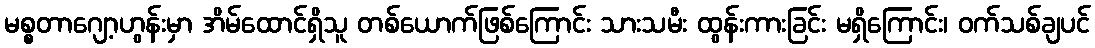
မစ္စတာဂျော့ဟွန်းမှာ အိမ်ထောင်ရှိသူ တစ်ယောက်ဖြစ်ကြောင်း သားသမီး ထွန်းကားခြင်း မရှိကြောင်း၊ ဝက်သစ်ချပင်